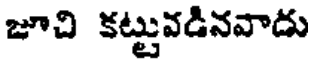
జూచి కట్టువడినవాడు